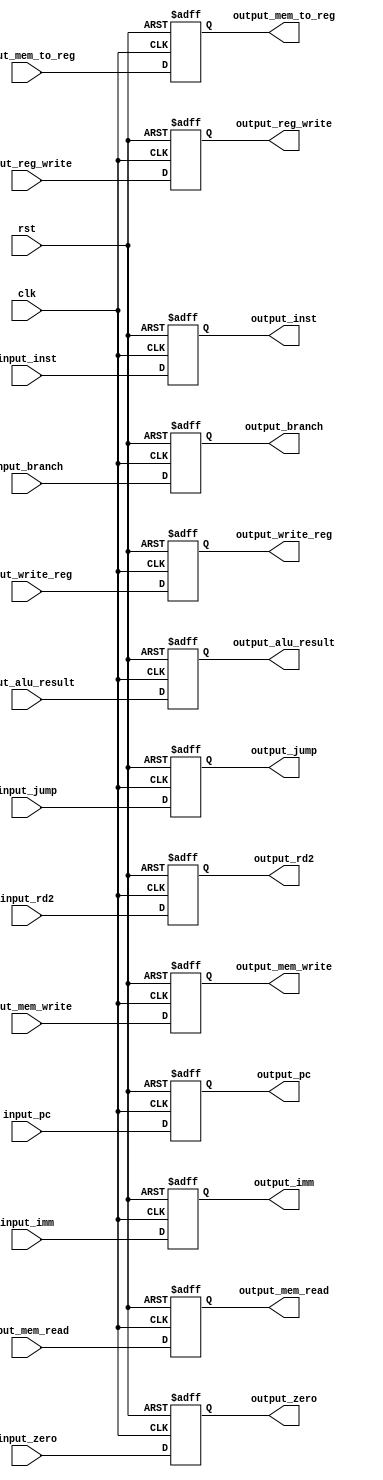
`timescale 1ns / 1ps
//////////////////////////////////////////////////////////////////////////////////
// Company: 
// Engineer: 
// 
// Design Name: 
// Module Name: EX_MEM
// Project Name: 
// Target Devices: 
// Tool Versions: 
// Description: 
// 
// Dependencies: 
// 
// Revision:
// Revision 0.01 - File Created
// Additional Comments:
// 
//////////////////////////////////////////////////////////////////////////////////


module EX_MEM(
    input wire clk,
    input wire rst,
    input wire [31:0] input_pc,
    input wire [1:0] input_jump,
    input wire [2:0] input_mem_read,
    input wire input_branch,
    input wire [1:0] input_mem_to_reg,
    input wire [1:0] input_mem_write,
    input wire input_reg_write,
    input wire input_zero,
    input wire [31:0] input_alu_result,
    input wire [31:0] input_inst,
    input wire [31:0] input_rd2,
    input wire [5:0] input_write_reg,
    input wire [31:0] input_imm,

    //output lines
    output wire [31:0] output_pc,
    output wire [1:0] output_jump,
    output wire [2:0] output_mem_read,
    output wire output_branch,
    output wire [1:0] output_mem_to_reg,
    output wire [1:0] output_mem_write,
    output wire output_reg_write,
    output wire output_zero,
    output wire [31:0] output_alu_result,
    output wire [31:0] output_inst,
    output wire [31:0] output_rd2,
    output wire [5:0] output_write_reg,
    output wire [31:0] output_imm
    );


//regs
reg [31:0] temp_pc;
reg [1:0] temp_jump;
reg [2:0] temp_mem_read;
reg temp_branch;
reg [1:0] temp_mem_to_reg;
reg [1:0] temp_mem_write;
reg temp_reg_write;
reg temp_zero;
reg [31:0] temp_alu_result;
reg [31:0] temp_inst;
reg [31:0] temp_rd2;
reg [5:0] temp_write_reg;
reg [31:0] temp_imm;

//assigns
assign output_pc = temp_pc;
assign output_inst = temp_inst;
assign output_jump = temp_jump;
assign output_mem_read = temp_mem_read;
assign output_branch = temp_branch;
assign output_mem_to_reg = temp_mem_to_reg;
assign output_mem_write = temp_mem_write;
assign output_reg_write = temp_reg_write;
assign output_zero = temp_zero;
assign output_alu_result = temp_alu_result;
assign output_rd2 = temp_rd2;
assign output_write_reg = temp_write_reg;
assign output_imm = temp_imm;

//always block
always@(posedge clk or posedge rst)begin
    if(rst)begin
        temp_pc <= 32'b0;
        temp_jump <= 2'b0;
        temp_mem_read <= 3'b0;
        temp_branch <= 1'b0;
        temp_mem_to_reg <= 2'b0;
        temp_mem_write <= 2'b0;
        temp_reg_write <= 1'b0;
        temp_zero <= 1'b0;
        temp_alu_result <= 32'b0;
        temp_inst <= 32'b0;
        temp_rd2 <= 32'b0;
        temp_write_reg <= 6'b0;
        temp_imm <= 32'b0;
    end
    else begin
        temp_pc <= input_pc;
        temp_jump <= input_jump;
        temp_mem_read <= input_mem_read;
        temp_branch <= input_branch;
        temp_mem_to_reg <= input_mem_to_reg;
        temp_mem_write <= input_mem_write;
        temp_reg_write <= input_reg_write;
        temp_zero <= input_zero;
        temp_alu_result <= input_alu_result;
        temp_inst <= input_inst;
        temp_rd2 <= input_rd2;
        temp_write_reg <= input_write_reg;
        temp_imm <= input_imm;
    end
end

endmodule